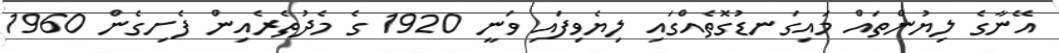
އޭނާގެ ލިޔުންތައް މައިގަނޑުގޮތެއްގައި ލިޔެވިފައި ވަނީ 1920 ގެ މެދުތެރެއިން ފެށިގެން 1960